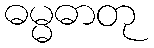
ဓမ္မဓာတု